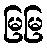
မြမြ